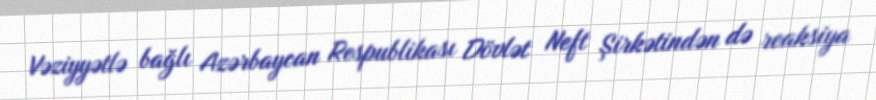
Vəziyyətlə bağlı Azərbaycan Respublikası Dövlət Neft Şirkətindən də reaksiya